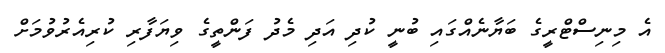
އެ މިނިސްޓްރީގެ ބަޔާނެއްގައި ބުނީ ކުދި އަދި މެދު ފަންތީގެ ވިޔަފާރި ކުރިއެރުވުމަށް